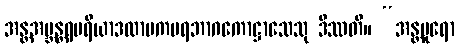
အန္တအဗ္ဘန္တရမရိယာဒလာမကပရဘာဂကောဋ္ဌာသေသု ဒိဿတိ။ “အန္တပူရော